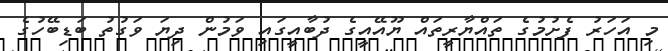
މި އަހަރު ފެށުމުގެ ތައްޔާރީތައް ޔޫއޭއީގެ ދުބާއީގައި ވަމުން ދިޔަ ވަގުތު ބަޑިބޭހުގެ